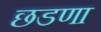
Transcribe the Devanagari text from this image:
छडणा